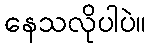
နေသလိုပါပဲ။